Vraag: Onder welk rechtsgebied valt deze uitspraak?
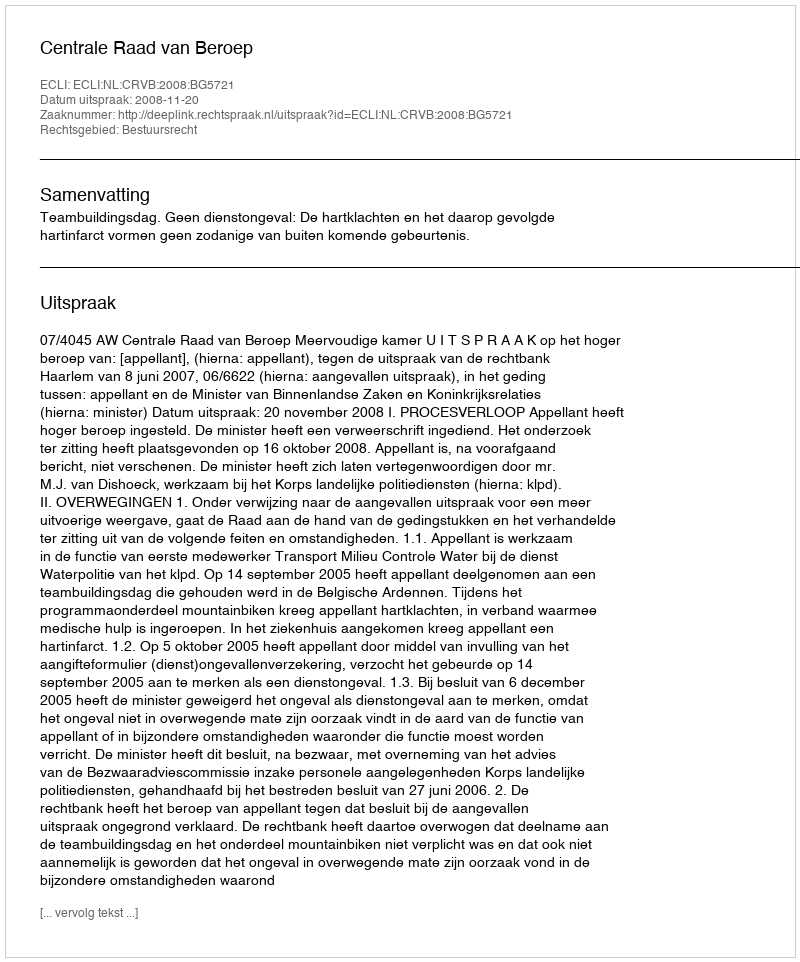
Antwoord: Bestuursrecht